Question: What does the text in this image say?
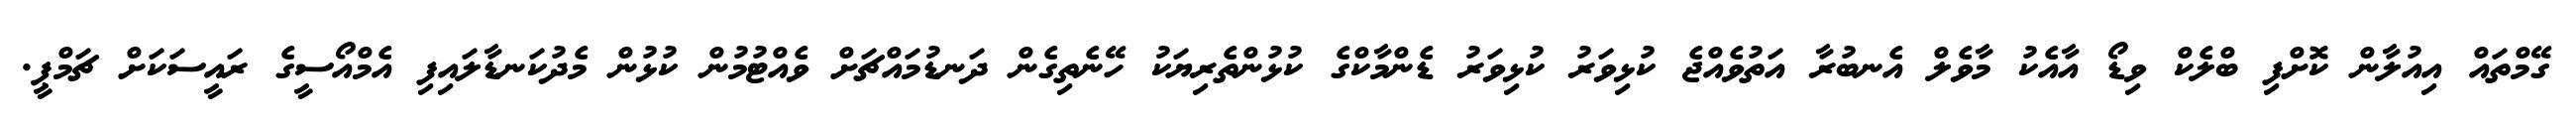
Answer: ގޭމްތައް އިއުލާން ކޮށްފި ބްލެކް ވިޑޯ އާއެކު މާވެލް އެނބުރާ އަތުވެއްޖެ ކުޅިވަރު ކުޅިވަރު ޑެންމާކްގެ ކުޅުންތެރިޔަކު ހޭނެތިގެން ދަނޑުމައްޗަށް ވެއްޓުމުން ކުޅުން މެދުކަނޑާލައިފި އެމްއޯސީގެ ރައީސަކަށް ޗަމްޕީ.